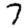
Digit: 7